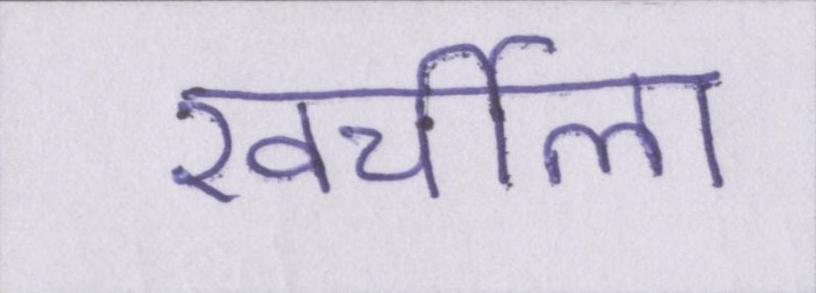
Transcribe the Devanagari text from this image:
खर्चीला